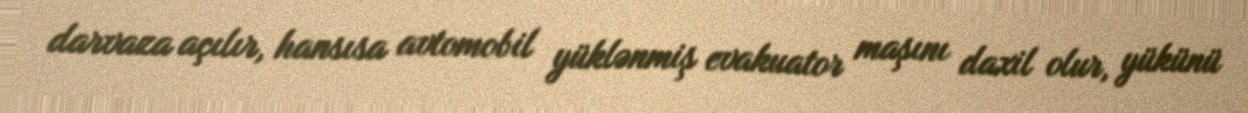
darvaza açılır, hansısa avtomobil yüklənmiş evakuator maşını daxil olur, yükünü